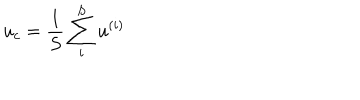
LaTeX: u _ { c } = \frac 1 S \sum _ { i } ^ { S } u ^ { ( i ) }